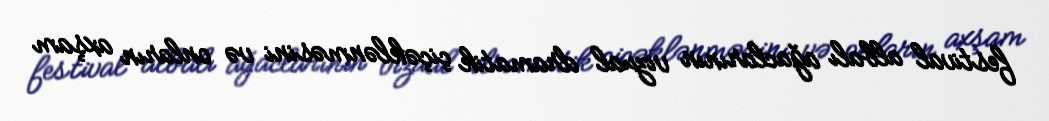
festival albalı ağaclarının vizual dramatik çiçəklənməsini və onların axşam